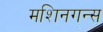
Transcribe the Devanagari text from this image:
मशिनगन्स